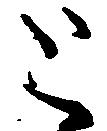
と